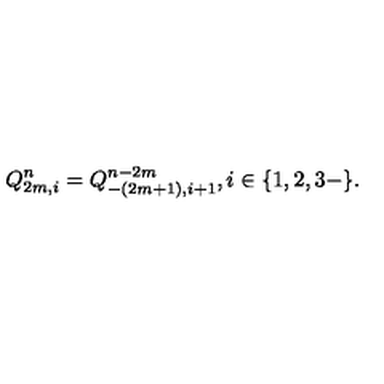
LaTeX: Q _ { 2 m , i } ^ { n } = Q _ { - ( 2 m + 1 ) , i + 1 } ^ { n - 2 m } , i \in \{ 1 , 2 , 3 - \} .